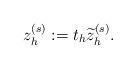
LaTeX: \begin{align*} z_h^{(s)} := t_h \widetilde{z}_h^{(s)}. \end{align*}